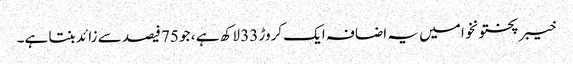
خیبر پختونخوا میں یہ اضافہ ایک کروڑ 33 لاکھ ہے ، جو 75 فیصد سے زائد بنتا ہے۔